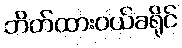
ဘိတ်ထားဝယ်ခရိုင်